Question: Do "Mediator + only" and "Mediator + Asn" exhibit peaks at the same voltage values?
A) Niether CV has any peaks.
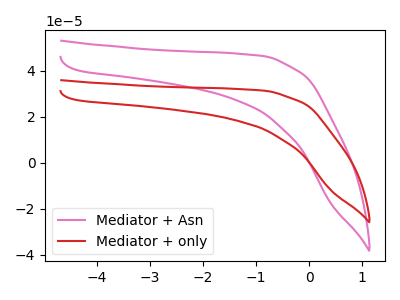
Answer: <think>The pink curve "Mediator + Asn" has no peaks. The red curve "Mediator + only" has no peaks.</think>
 <answer>A) Niether CV has any peaks.</answer>
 <eval>A</eval>